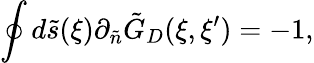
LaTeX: \oint{d}\tilde{s}(\xi){\partial_{\tilde{n}}}{\tilde{G}_{D}}(\xi,\xi^{\prime})=-1,